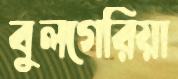
বুলগেরিয়া